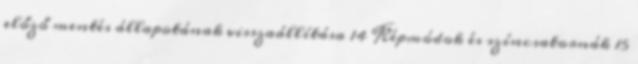
előző mentés állapotának visszaállítása 14 Képmódok és színcsatornák 15